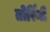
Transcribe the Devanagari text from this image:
तोर्रिनी